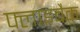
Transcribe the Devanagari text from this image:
फ्लाइबैक